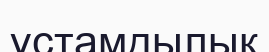
ұстамдылық